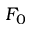
F _ { 0 }